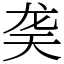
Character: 䶮